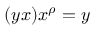
( y x ) x ^ { \rho } = y